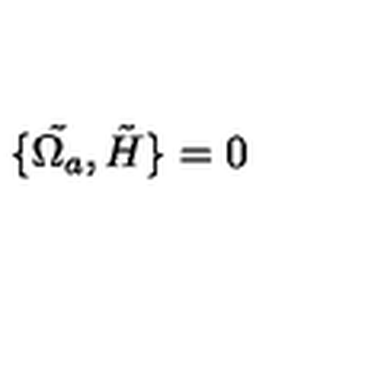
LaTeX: \{ \tilde { \Omega _ { a } } , \tilde { H } \} = 0